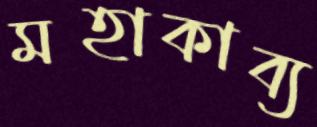
মহাকাব্য